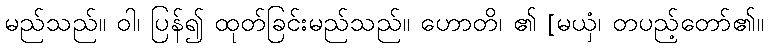
မည်သည်။ ဝါ၊ ပြန်၍ ထုတ်ခြင်းမည်သည်။ ဟောတိ၊ ၏ [မယှံ၊ တပည့်တော်၏။